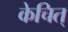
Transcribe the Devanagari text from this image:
केचित्